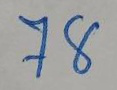
78